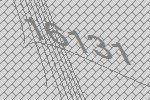
16131